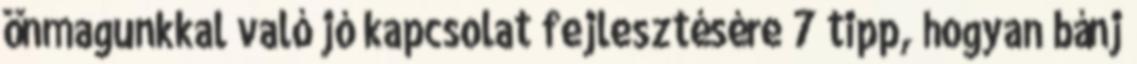
önmagunkkal való jó kapcsolat fejlesztésére 7 tipp, hogyan bánj